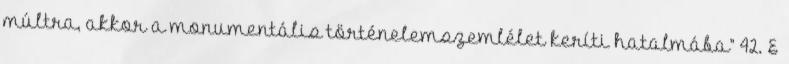
múltra, akkor a monumentális történelemszemlélet keríti hatalmába” 42. E